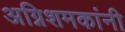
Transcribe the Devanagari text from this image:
अग्निशमकांनी